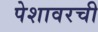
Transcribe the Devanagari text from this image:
पेशावरची